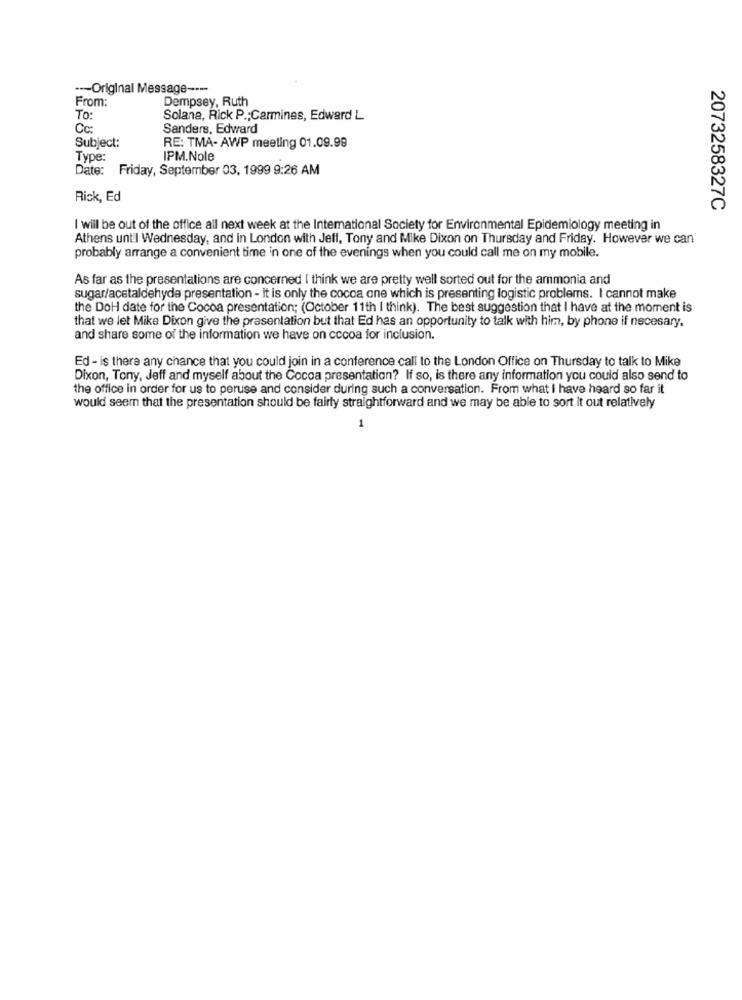
--- Original Message ----
From:
Dempsey, Ruth
To:
Solana, Rick P .; Carmines, Edward L
Cc:
Sanders, Edward
Subject:
RE: TMA- AWP meeting 01.09.99
Type:
IPM.Nole
Date: Friday, September 03, 1999 9:26 AM
Rick, Ed
2073258327C
I will be out of the office all next week at the International Society for Environmental Epidemiology meeting in
Athens until Wednesday, and in London with Jeff, Tony and Mike Dixon on Thursday and Friday. However we can
probably arrange a convenient time in one of the evenings when you could call me on my mobile.
As far as the presentations are concerned I think we are pretty well sorted out for the ammonia and
sugar/acetaldehyda presentation - it is only the cocoa one which is presenting logistic problems. I cannot make
the DoH date for the Cocoa presentation; (October 11th I think). The best suggestion that I have at the moment is
that we let Mike Dixon give the prasentation but that Ed has an opportunity to talk with him, by phone if necesary.
and share some of the information we have on cocoa for inclusion.
Ed - is there any chance that you could join in a conference call to the London Office on Thursday to talk to Mike
Dixon, Tony, Jeff and myself about the Cocoa presentation? If so, is there any information you could also send to
the office in order for us to peruse and consider during such a conversation. From what I have heard so far it
would seem that the presentation should be fairly straightforward and we may be able to sort it out relatively